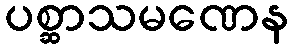
ပစ္ဆာသမဏေန